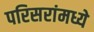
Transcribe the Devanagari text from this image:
परिसरांमध्ये